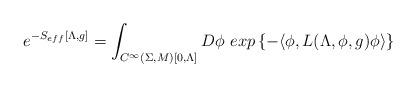
LaTeX: \begin{align*} e^{- S_{eff}[\Lambda, g] } = \int_{C^{\infty}(\Sigma, M) [0, \Lambda]} D\phi \,\,exp\left\{ - \langle {\phi}, L(\Lambda, \phi, g ) {\phi} \rangle \right\} \end{align*}